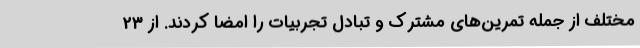
مختلف از جمله تمرین‌های مشترک و تبادل تجربیات را امضا کردند. از 23